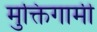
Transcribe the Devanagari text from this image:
मुक्तिगामी